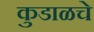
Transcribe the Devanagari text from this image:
कुडाळचे